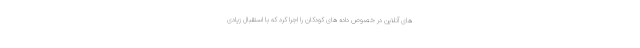
های آنلاین در خصوص داده های کودکان را اجرا کرد که با استقبال زیادی